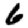
Digit: 6